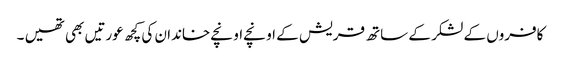
کافروں کے لشکر کے ساتھ قریش کے اونچے اونچے خاندان کی کچھ عورتیں بھی تھیں ۔